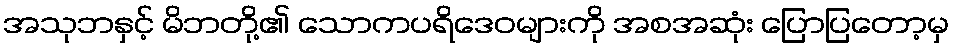
အသုဘနှင့် မိဘတို့၏ သောကပရိဒေဝများကို အစအဆုံး ပြောပြတော့မှ